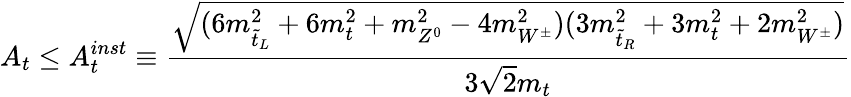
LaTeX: A_{t}\le A_{t}^{inst}\equiv\frac{\sqrt{(6m_{\tilde{t}_{L}}^{2}+6m_{t}^{2}+m_{Z^{0}}^{2}-4m_{W^{\pm}}^{2})(3m_{\tilde{t}_{R}}^{2}+3m_{t}^{2}+2m_{W^{\pm}}^{2})}}{3\sqrt{2}m_{t}}